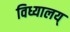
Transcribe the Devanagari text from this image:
विध्यालय्